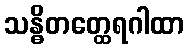
သန္ဓိတတ္ထေရဂါထာ